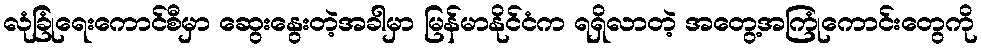
လုံခြုံရေးကောင်စီမှာ ဆွေးနွေးတဲ့အခါမှာ မြန်မာနိုင်ငံက ရရှိလာတဲ့ အတွေ့အကြုံကောင်းတွေကို